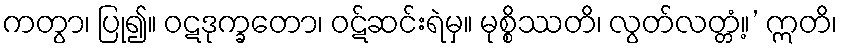
ကတွာ၊ ပြု၍။ ဝဋဒုက္ခတော၊ ဝဋ်ဆင်းရဲမှ။ မုစ္စိဿတိ၊ လွတ်လတ္တံ့။’ ဣတိ၊